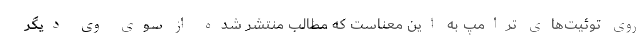
روی توئیت‌های ترامپ به این معناست که مطالب منتشر شده از سوی وی دیگر